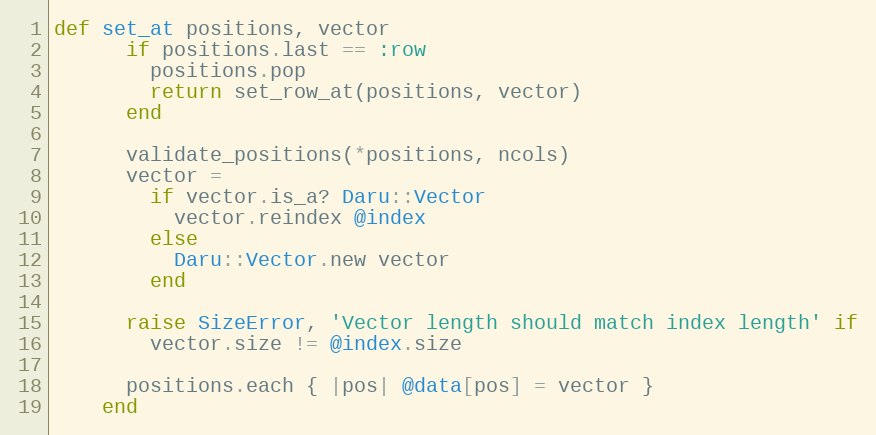
Language: Ruby
def set_at positions, vector
      if positions.last == :row
        positions.pop
        return set_row_at(positions, vector)
      end

      validate_positions(*positions, ncols)
      vector =
        if vector.is_a? Daru::Vector
          vector.reindex @index
        else
          Daru::Vector.new vector
        end

      raise SizeError, 'Vector length should match index length' if
        vector.size != @index.size

      positions.each { |pos| @data[pos] = vector }
    end